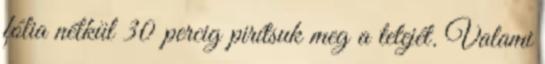
fólia nélkül 30 percig pirítsuk meg a tetejét. Valami